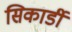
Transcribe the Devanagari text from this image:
सिकार्डी